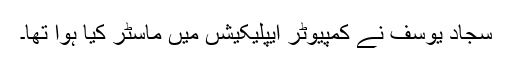
سجاد یوسف نے کمپیوٹر ایپلیکیشں میں ماسٹر کیا ہوا تھا۔